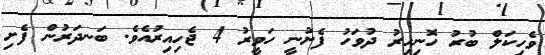
ވެހިކަލް ބުރު ހޮނިހިރު ދުވަހު ފެށުނީ ހަވީރު 4 ޖެހިއިރުއެވެ. ބަނދަރުން ފެށި